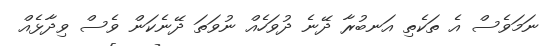
ނަމަވެސް އެ ތަކެތި އަނބުރާ ދޭނެ ދުވަހެއް ނުވަތަ ދޭނެކަން ވެސް ވިދާޅެއް